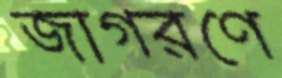
জাগরণে